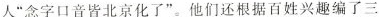
人”念字口音皆北京化了”。他们还根据百姓兴趣编了三